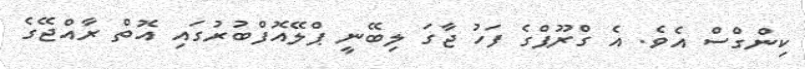
ކިންގްސް އެވެ. އެ ގްރޫޕްގެ ފަހު ޖާގަ ލިބޭނީ ޕްލޭއޮފްބުރުގައި އޮތް ރާއްޖޭގެ